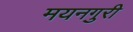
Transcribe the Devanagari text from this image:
मयनगुरी